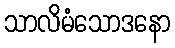
သာလိမံသောဒနော